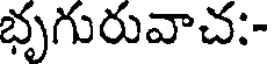
భృగురువాచ:-